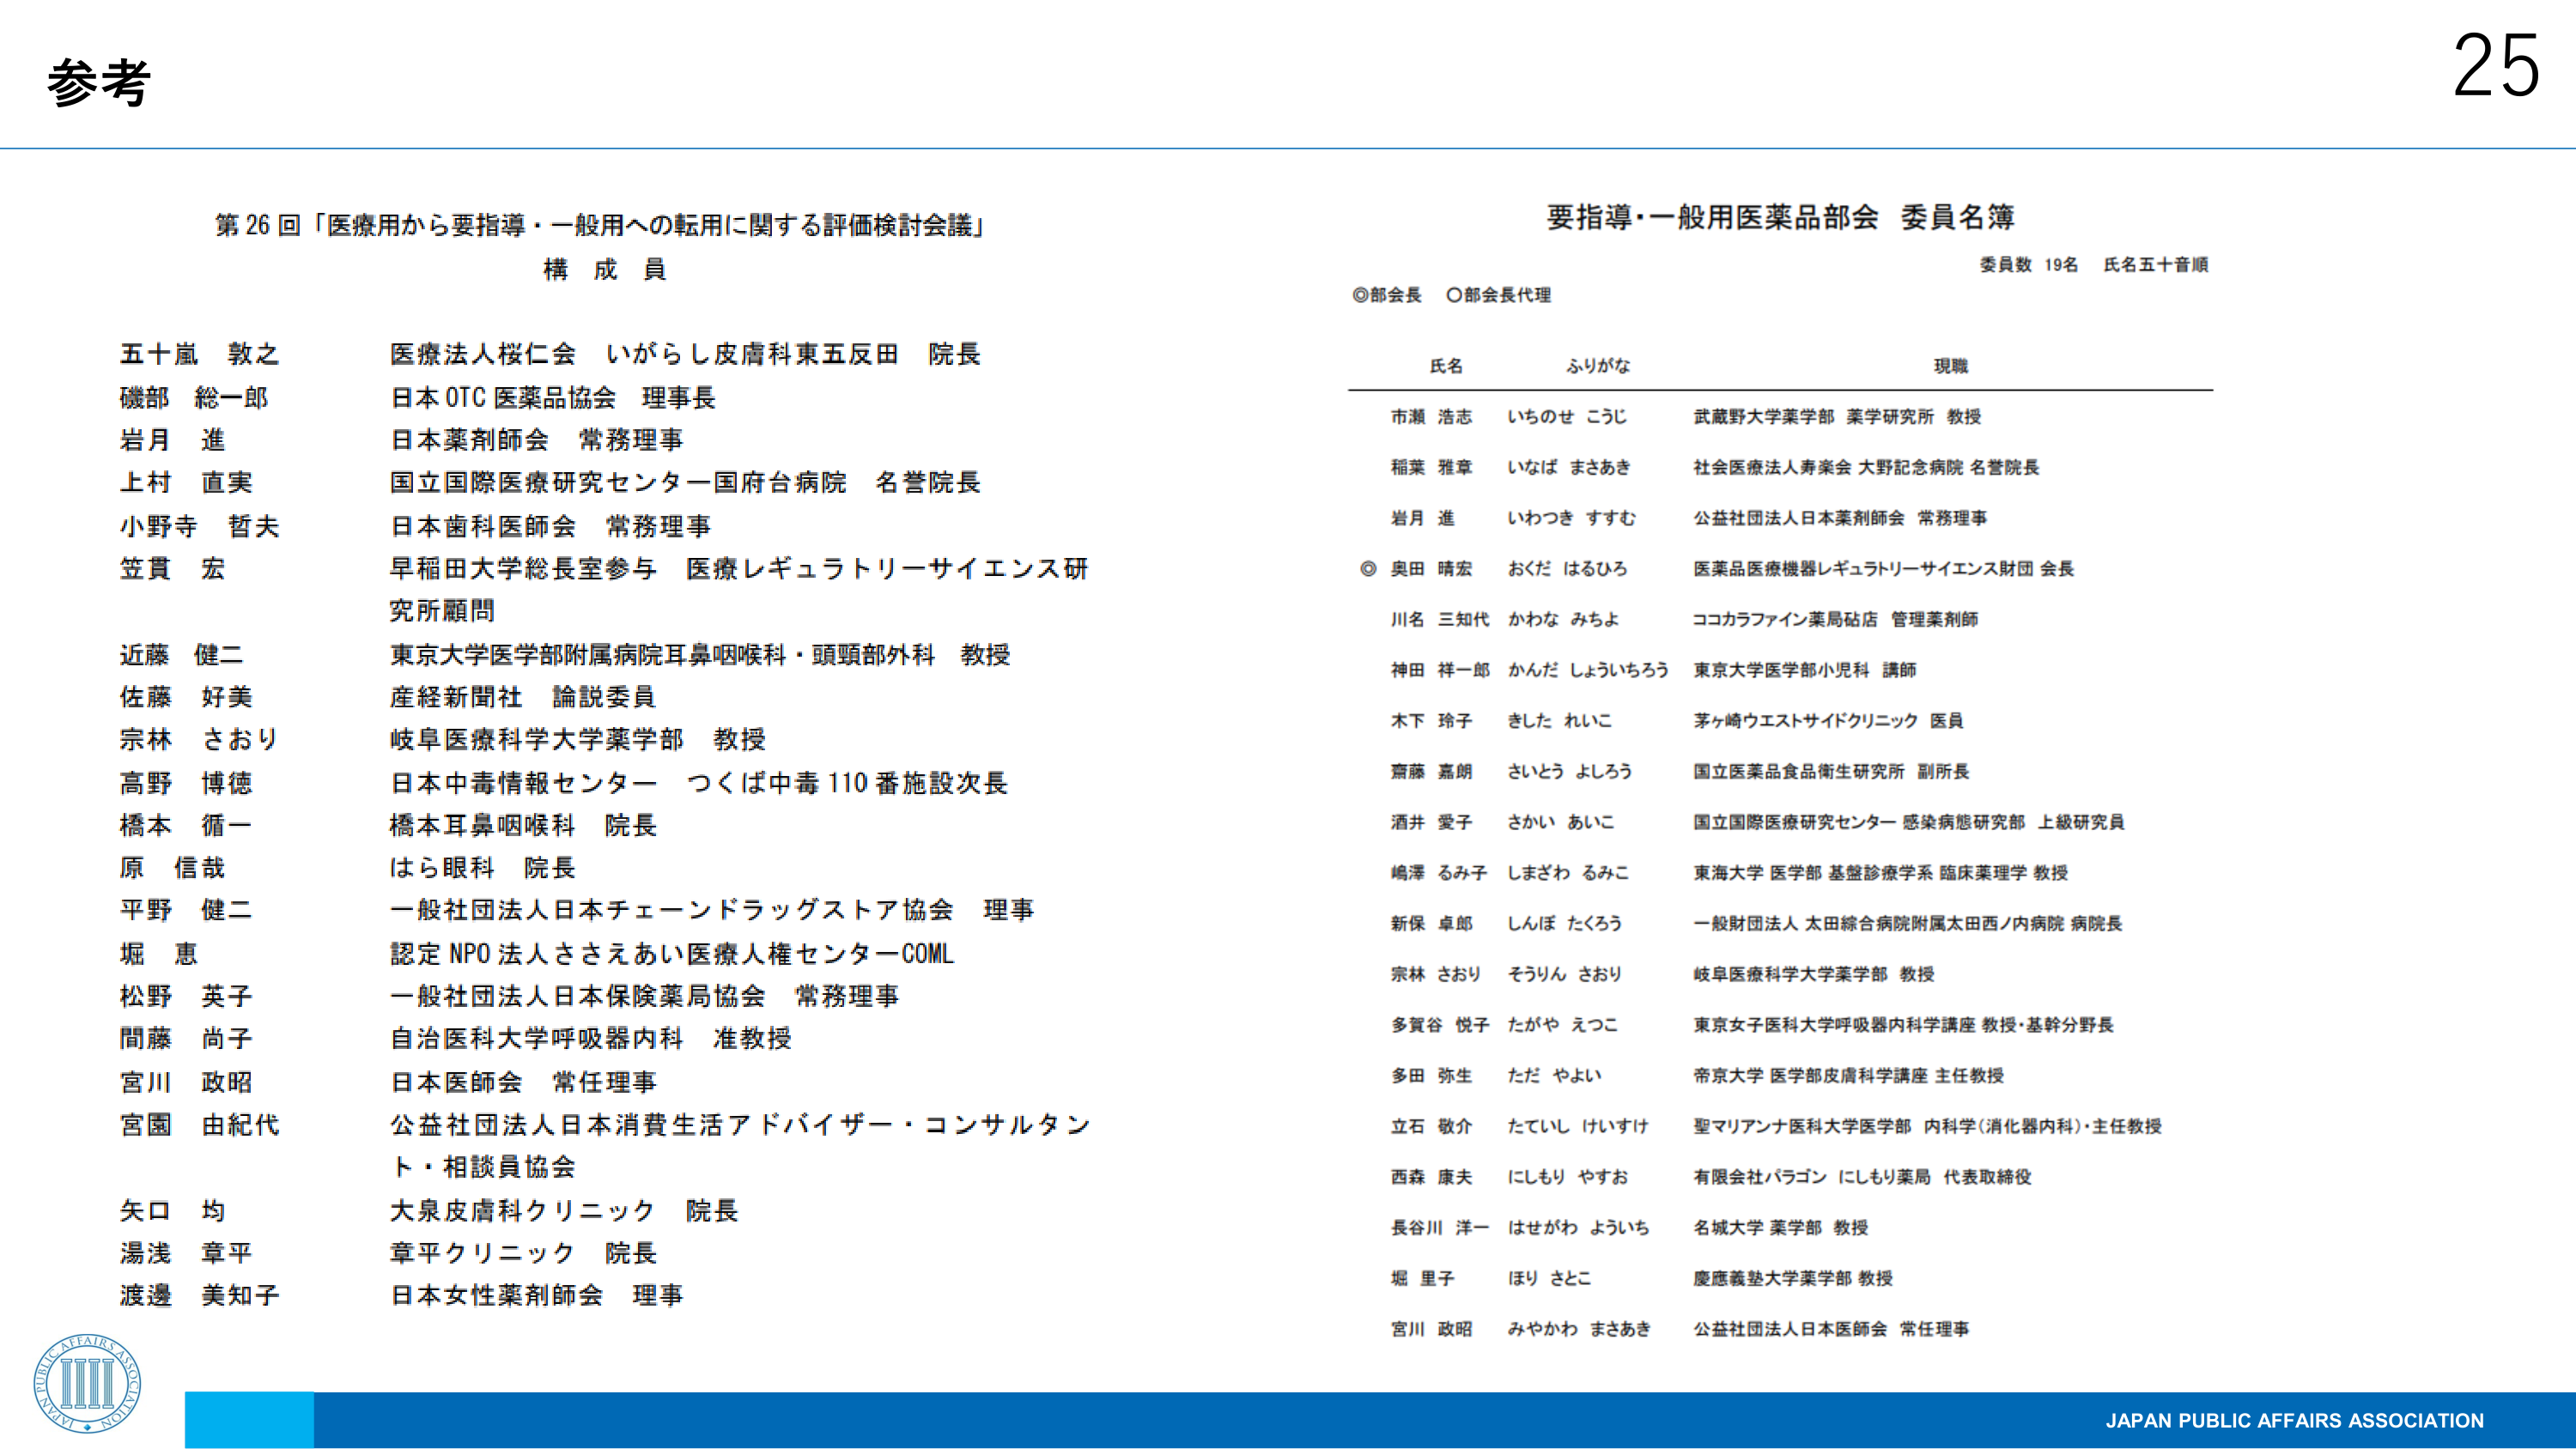
参考

第26回「医療用から要指導・一般用への転用に関する評価検討会議」
構成員

五十嵐 敦之 医療法人桜仁会 いがらし皮膚科東五反田 院長
磯部 総一郎 日本OTC医薬品協会 理事長
岩月 進 日本薬剤師会 常務理事
上村 直実 国立国際医療研究センター国府台病院 名誉院長
小野寺 哲夫 日本歯科医師会 常務理事
笠貫 宏 早稲田大学総長室参与 医療レギュラトリーサイエンス研究所顧問
近藤 健二 東京大学医学部附属病院耳鼻咽喉科・頭頸部外科 教授
佐藤 好美 産経新聞社 論説委員
宗林 さおり 岐阜医療科学大学薬学部 教授
高野 博徳 日本中毒情報センター つくば中毒110番施設次長
橋本 循一 橋本耳鼻咽喉科 院長
原 信哉 はら眼科 院長
平野 健二 一般社団法人日本チェーンドラッグストア協会 理事
堀 恵 認定NPO法人ささえあい医療人権センターCOML
松野 英子 一般社団法人日本保険薬局協会 常務理事
間藤 尚子 自治医科大学呼吸器内科 准教授
宮川 政昭 日本医師会 常任理事
宮園 由紀代 公益社団法人日本消費生活アドバイザー・コンサルタント・相談員協会
矢口 均 大泉皮膚科クリニック 院長
湯浅 章平 章平クリニック 院長
渡邊 美知子 日本女性薬剤師会 理事

要指導・一般用医薬品部会 委員名簿
委員数 19名 氏名五十音順
◎部会長 ○部会長代理

氏名 ふりがな 現職
市瀬 浩志 いちのせ こうじ 武蔵野大学薬学部 薬学研究所 教授
稲葉 雅章 いなば まさあき 社会医療法人寿楽会 大野記念病院 名誉院長
岩月 進 いわつき すすむ 公益社団法人日本薬剤師会 常務理事
◎ 奥田 晴宏 おくだ はるひろ 医薬品医療機器レギュラトリーサイエンス財団 会長
川名 三知代 かわな みちよ ココカラファイン薬局砧店 管理薬剤師
神田 祥一郎 かんだ しょういちろう 東京大学医学部小児科 講師
木下 玲子 きした れいこ 茅ヶ崎ウエストサイドクリニック 医員
齋藤 嘉朗 さいとう よしろう 国立医薬品食品衛生研究所 副所長
酒井 愛子 さかい あいこ 国立国際医療研究センター 感染病態研究部 上級研究員
嶋澤 るみ子 しまざわ るみこ 東海大学 医学部 基盤診療学系 臨床薬理学 教授
新保 卓郎 しんぼ たくろう 一般財団法人 太田綜合病院附属太田西ノ内病院 病院長
宗林 さおり そうりん さおり 岐阜医療科学大学薬学部 教授
多賀谷 悦子 たがや えつこ 東京女子医科大学呼吸器内科学講座 教授・基幹分野長
多田 弥生 ただ やよい 帝京大学 医学部皮膚科学講座 主任教授
立石 敬介 たていし けいすけ 聖マリアンナ医科大学医学部 内科学（消化器内科）・主任教授
西森 康夫 にしもり やすお 有限会社パラゴン にしもり薬局 代表取締役
長谷川 洋一 はせがわ よういち 名城大学 薬学部 教授
堀 里子 ほり さとこ 慶應義塾大学薬学部 教授
宮川 政昭 みやかわ まさあき 公益社団法人日本医師会 常任理事

25
JAPAN PUBLIC AFFAIRS ASSOCIATION